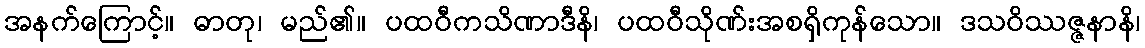
အနက်ကြောင့်။ ဓာတု၊ မည်၏။ ပထဝီကသိဏာဒီနိ၊ ပထဝီသိုဏ်းအစရှိကုန်သော။ ဒသဝိဿဇ္ဇနာနိ၊